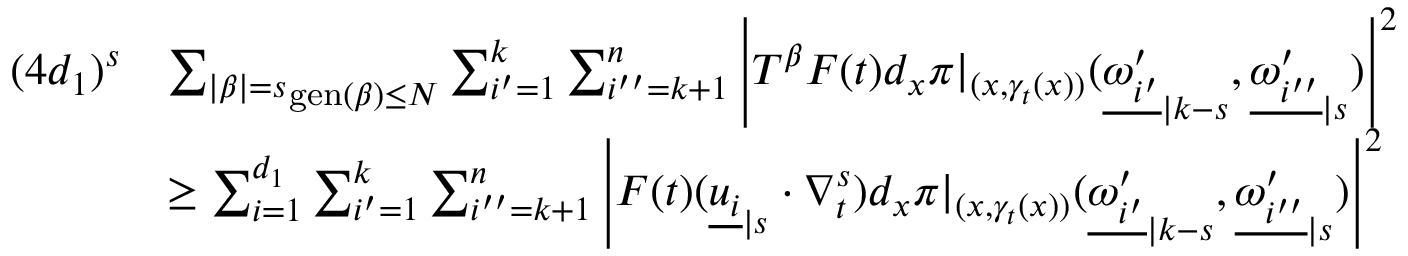
\begin{array} { r l } { ( 4 d _ { 1 } ) ^ { s } } & { \mathop { \sum _ { | \beta | = s } } _ { \operatorname { g e n } ( \beta ) \leq N } \sum _ { i ^ { \prime } = 1 } ^ { k } \sum _ { i ^ { \prime \prime } = k + 1 } ^ { n } \left| T ^ { \beta } F ( t ) d _ { x } \pi | _ { ( x , \gamma _ { t } ( x ) ) } ( { \underline { { \omega _ { i ^ { \prime } } ^ { \prime } } } } _ { | k - s } , { \underline { { \omega _ { i ^ { \prime \prime } } ^ { \prime } } } } _ { | s } ) \right| ^ { 2 } } \\ & { \geq \sum _ { i = 1 } ^ { d _ { 1 } } \sum _ { i ^ { \prime } = 1 } ^ { k } \sum _ { i ^ { \prime \prime } = k + 1 } ^ { n } \left| F ( t ) ( { \underline { { u _ { i } } } } _ { | s } \cdot \nabla _ { t } ^ { s } ) d _ { x } \pi | _ { ( x , \gamma _ { t } ( x ) ) } ( { \underline { { \omega _ { i ^ { \prime } } ^ { \prime } } } } _ { | k - s } , { \underline { { \omega _ { i ^ { \prime \prime } } ^ { \prime } } } } _ { | s } ) \right| ^ { 2 } } \end{array}